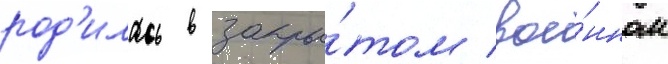
род'илась в закры́том вое́нном